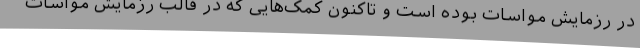
در رزمایش مواسات بوده است و تاکنون کمک‌هایی که در قالب رزمایش مواسات